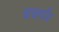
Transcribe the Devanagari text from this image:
चचगाँव